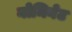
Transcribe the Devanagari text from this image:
नोमिनेट